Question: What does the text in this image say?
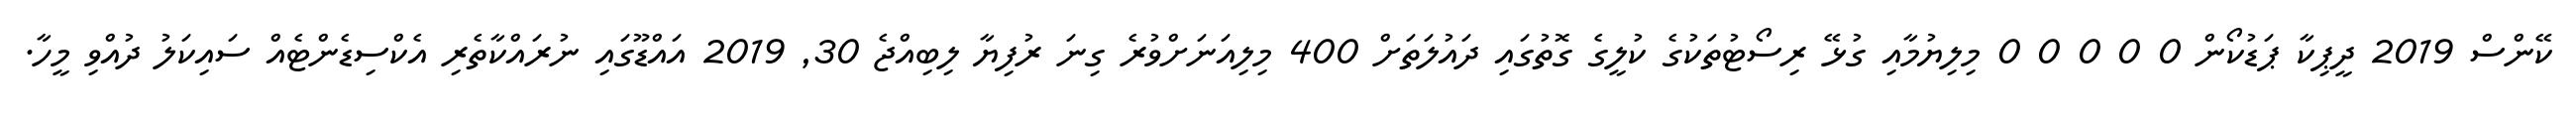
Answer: ކޭންސް 2019 ދީޕިކާ ޕަޑުކޯން 0 0 0 0 0 މިލިޔުމާއި ގުޅޭ ރިސޯޓުތަކުގެ ކުލީގެ ގޮތުގައި ދައުލަތަށް 400 މިލިއަނަށްވުރެ ގިނަ ރުފިޔާ ލިބިއްޖެ 30, 2019 އައްޑޫގައި ނުރައްކާތެރި އެކްސިޑެންޓެއް ސައިކަލު ދުއްވި މީހާ.